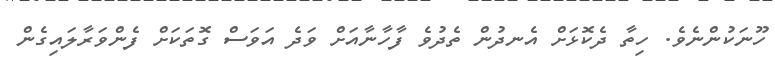
ހޫނަކުންނެވެ. ހިތާ ދެކޮޅަށް އެނދުން ތެދުވެ ފާހާނާއަށް ވަދެ އަވަސް ގޮތަަކަށް ފެންވަރާލައިގެން